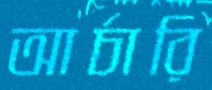
আর্চারি